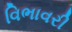
વિભાવરી